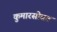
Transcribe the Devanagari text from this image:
कुमारसोबत